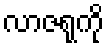
လာဇရုကို